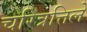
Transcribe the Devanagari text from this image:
चरित्रत्तिले